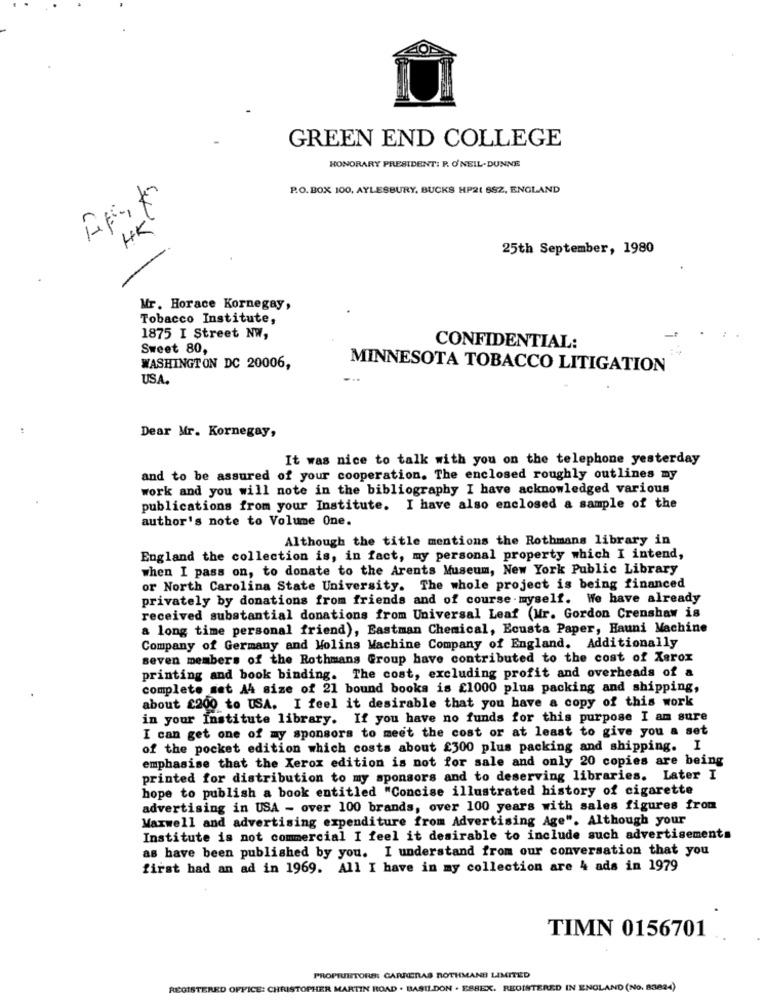
GREEN END COLLEGE
HONORARY PRESIDENT: P. O'NEIL-DUNNE
P.O. BOX 100, AYLESBURY, BUCKS HP21 682, ENGLAND
HK
25th September, 1980
-
Mr. Horace Kornegay,
Tobacco Institute,
1875 I Street NW,
Sweet 80,
CONFIDENTIAL:
WASHINGTON DC 20006,
MINNESOTA TOBACCO LITIGATION
USA.
Dear Mr. Kornegay,
It was nice to talk with you on the telephone yesterday
and to be assured of your cooperation. The enclosed roughly outlines my
work and you will note in the bibliography I have acknowledged various
publications from your Institute. I have also enclosed a sample of the
author's note to Volume One.
Although the title mentions the Rothmans library in
England the collection is, in fact, my personal property which I intend,
when I pass on, to donate to the Arents Museum, New York Public Library
or North Carolina State University. The whole project is being financed
privately by donations from friends and of course myself. We have already
received substantial donations from Universal Leaf (Mr. Gordon Crenshaw is
a long time personal friend), Eastman Chemical, Ecusta Paper, Hauni Machine
Company of Germany and Molins Machine Company of England. Additionally
seven members of the Rothmans Group have contributed to the cost of Xerox
printing and book binding. The cost, excluding profit and overheads of a
complete set A4 size of 21 bound books is £1000 plus packing and shipping,
about £200 to USA. I feel it desirable that you have a copy of this work
in your Institute library. If you have no funds for this purpose I am sure
I can get one of my sponsors to meet the cost or at least to give you a set
of the pocket edition which costs about £300 plus packing and shipping. I
emphasise that the Xerox edition is not for sale and only 20 copies are being
printed for distribution to my sponsors and to deserving libraries. Later I
hope to publish a book entitled "Concise illustrated history of cigarette
advertising in USA - over 100 brands, over 100 years with sales figures from
Maxwell and advertising expenditure from Advertising Age". Although your
Institute is not commercial I feel it desirable to include such advertisements
as have been published by you. I understand from our conversation that you
first had an ad in 1969. All I have in my collection are 4 ads in 1979
TIMN 0156701
PROPRIETORS: CARRERAS ROTHMANS LIMITED
REGISTERED OFFICE: CHRISTOPHER MARTIN ROAD . BASILDON . ESSEX. REGISTERED IN ENGLAND (No. 83824)